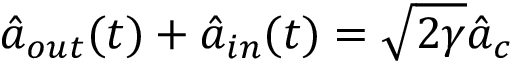
\hat { a } _ { o u t } ( t ) + \hat { a } _ { i n } ( t ) = \sqrt { 2 \gamma } \hat { a } _ { c }